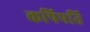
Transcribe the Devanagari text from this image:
कपिपति